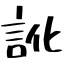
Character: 訛